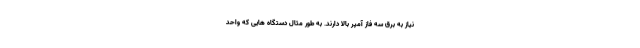
نیاز به برق سه فاز آمپر بالا دارند. به طور مثال دستگاه هایی که واحد